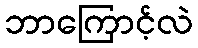
ဘာကြောင့်လဲ